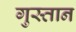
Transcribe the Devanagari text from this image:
गुस्तान